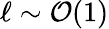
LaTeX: \ell\sim\mathcal{O}(1)